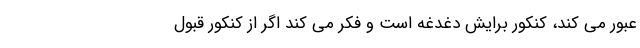
عبور می کند، کنکور برایش دغدغه است و فکر می کند اگر از کنکور قبول